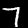
Digit: 7